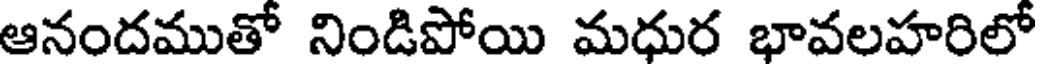
ఆనందముతో నిండిపోయి మధుర భావలహరిలో